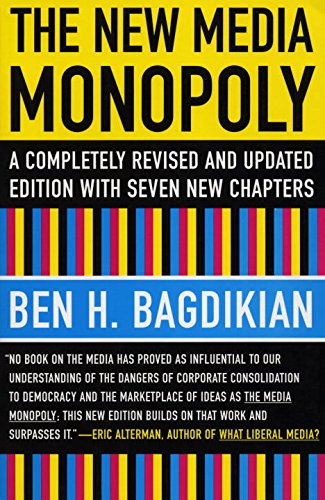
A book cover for The New Media Monopoly: A Completely Revised and Updated Edition With Seven New Chapters; Ben H. Bagdikian; Humor & Entertainment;